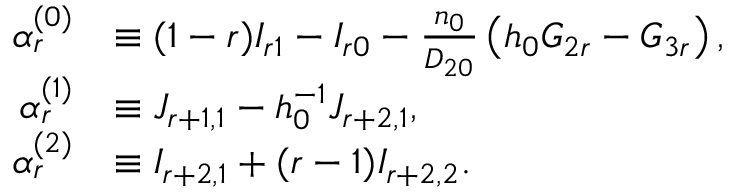
\begin{array} { r l } { \alpha _ { r } ^ { ( 0 ) } } & { \equiv ( 1 - r ) I _ { r 1 } - I _ { r 0 } - \frac { n _ { 0 } } { D _ { 2 0 } } \left( h _ { 0 } G _ { 2 r } - G _ { 3 r } \right) , } \\ { \alpha _ { r } ^ { ( 1 ) } } & { \equiv J _ { r + 1 , 1 } - h _ { 0 } ^ { - 1 } J _ { r + 2 , 1 } , } \\ { \alpha _ { r } ^ { ( 2 ) } } & { \equiv I _ { r + 2 , 1 } + ( r - 1 ) I _ { r + 2 , 2 } . } \end{array}